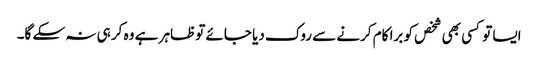
ایسا تو کسی بھی شخص کو برا کام کرنے سے روک دیا جائے تو ظاہر ہے وہ کر ہی نہ سکے گا۔